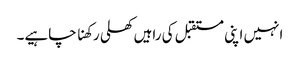
انہیں اپنی مستقبل کی راہیں کھلی رکھنا چاہیے۔